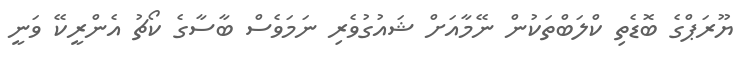
ޔޫރަޕްގެ ބޮޑެތި ކްލަބްތަކުން ނޭމާއަށް ޝައުގުވެރި ނަމަވެސް ބާސާގެ ކޯޗު އެންރީކޭ ވަނީ